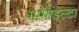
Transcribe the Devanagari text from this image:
गामाडेल्टा